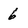
Character: 6